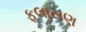
ફલાસણ